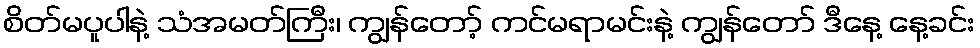
စိတ်မပူပါနဲ့ သံအမတ်ကြီး၊ ကျွန်တော့် ကင်မရာမင်းနဲ့ ကျွန်တော် ဒီနေ့ နေ့ခင်း